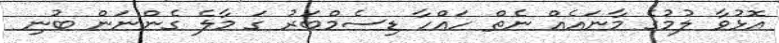
އޮޅުވާ ލުމުގެ މާނައެއް ނެތް ހައްހާ ޑިސެމްބަރު ގަ މާލެ ގެންނަން ބުނި